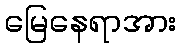
မြေနေရာအား